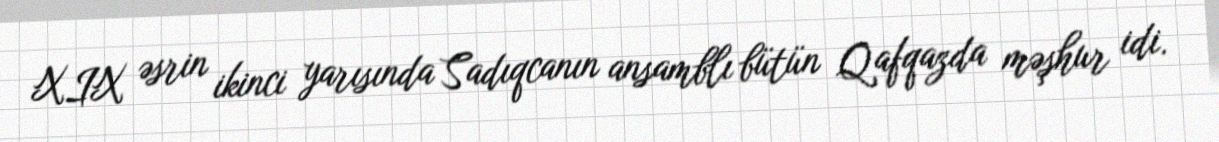
XIX əsrin ikinci yarısında Sadıqcanın ansamblı bütün Qafqazda məşhur idi.